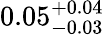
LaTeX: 0.05_{-0.03}^{+0.04}